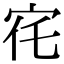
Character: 𡧜